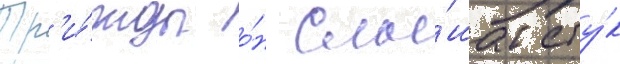
Тр'и́жды о́н слы́шал сту́к